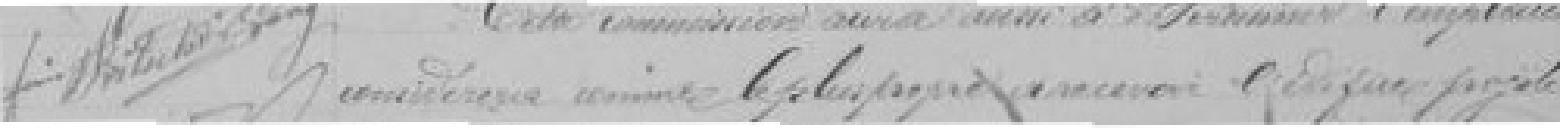
considérera comme le plus propre à recevoir ???  projeté